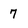
Character: 7